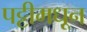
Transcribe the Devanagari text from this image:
पट्टीमधून